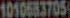
1010683705